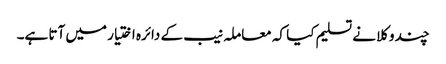
چند وکلا نے تسلیم کیا کہ معاملہ نیب کے دائرہ اختیار میں آتا ہے۔